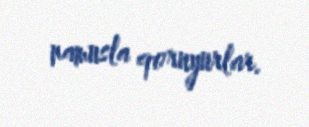
namusla qoruyurlar.